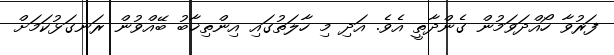
ފަރުވާ ހޯއްދަވަމުން ގެންދާތީ އެވެ. އަދި މި ހާލަތުގައި އިންތިޚާބު ބޭއްވުން ރަނގަޅުކަމަށް